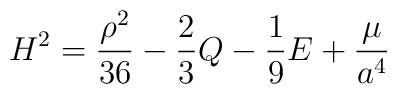
H^2=\frac{\rho^2}{36}-\frac{2}{3}Q-\frac{1}{9}E +\frac{\cal \mu}{a^4}